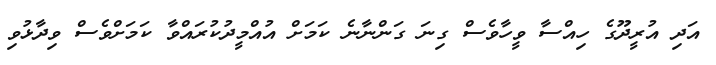
އަދި އުރީދޫގެ ހިއްސާ ވީހާވެސް ގިނަ ގަންނާނެ ކަމަށް އުއްމީދުކުރައްވާ ކަމަށްވެސް ވިދާޅުވި